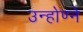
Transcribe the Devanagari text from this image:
उन्होण्ने